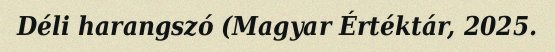
Déli harangszó (Magyar Értéktár, 2025.